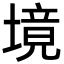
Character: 境